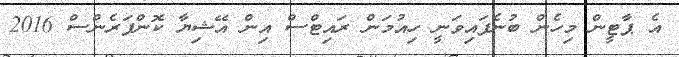
އެ ޕާޓީން މިހެން ބުނެފައިވަނީ ހިއުމަން ރައިޓްސް އިން އޭޝިޔާ ކޮންފަރެންސް 2016